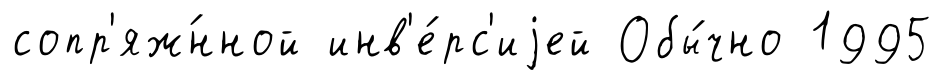
сопр'яж́нной инв'е́рс'иjей Обы́чно 1995